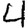
Digit: 4